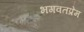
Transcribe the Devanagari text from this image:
भगवतप्रेम